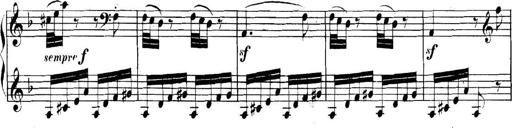
Title: Collected Piano Sonatas
Composer: Muzio Clementi